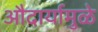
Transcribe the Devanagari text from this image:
औदार्यामुळे